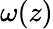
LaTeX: \omega(z)